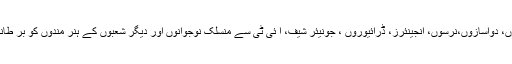
انہوں نے کہا کہ وزارت اوورسیز کو چاہیے کہ وہ پاکستانی ڈاکٹروں، دواسازوں،نرسوں، انجینئرز، ڈرائیوروں ، جونیئر شیف، آ ئی ٹی سے منسلک نوجوانوں اور دیگر شعبوں کے ہنر مندوں کو بر طانیہ اور دیگر یورپی ممالک میں بھیجنے کیلئے فوری اقدامات کرے۔